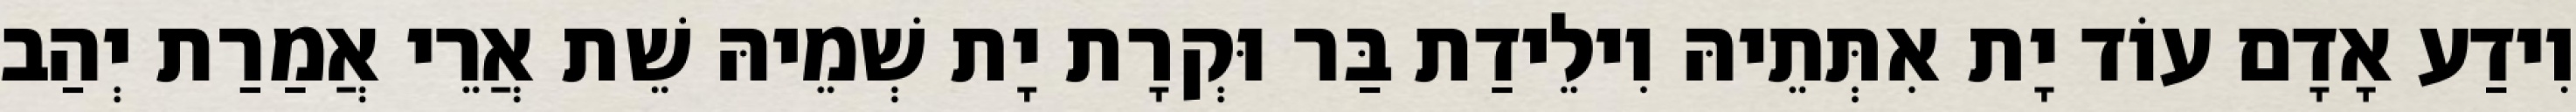
וִידַע אָדָם עוֹד יָת אִתְּתֵיהּ וִילֵידַת בַּר וּקְרָת יָת שְׁמֵיהּ שֵׁת אֲרֵי אֲמַרַת יְהַב